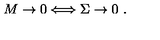
M \rightarrow 0 \Longleftrightarrow \Sigma \rightarrow 0 \ .